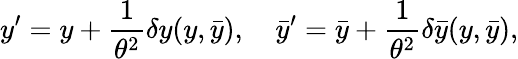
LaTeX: y^{\prime}=y+{\frac{1}{\theta^{2}}}\delta y(y,\bar{y}),\quad\bar{y}^{\prime}=\bar{y}+{\frac{1}{\theta^{2}}}\delta\bar{y}(y,\bar{y}),